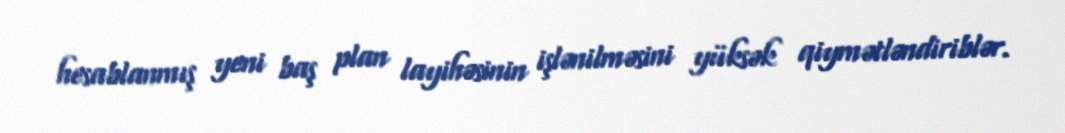
hesablanmış yeni baş plan layihəsinin işlənilməsini yüksək qiymətləndiriblər.